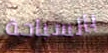
بالسباحة